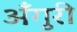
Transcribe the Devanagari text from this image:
अँगुरी